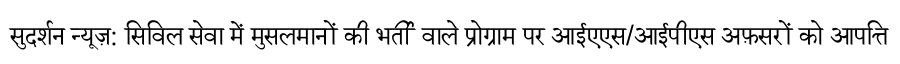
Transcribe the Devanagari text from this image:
सुदर्शन न्यूज़: सिविल सेवा में मुसलमानों की भर्ती वाले प्रोग्राम पर आईएएस/आईपीएस अफ़सरों को आपत्ति